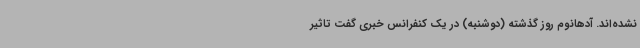
نشده‌اند. آدهانوم روز گذشته (دوشنبه) در یک کنفرانس خبری گفت تاثیر